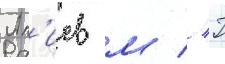
Ал'иев м // Г